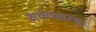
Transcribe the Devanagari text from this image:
अर्धव्यवस्था